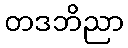
တဒဘိညာ